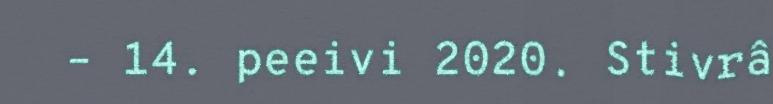
– 14. peeivi 2020. Stivrâ